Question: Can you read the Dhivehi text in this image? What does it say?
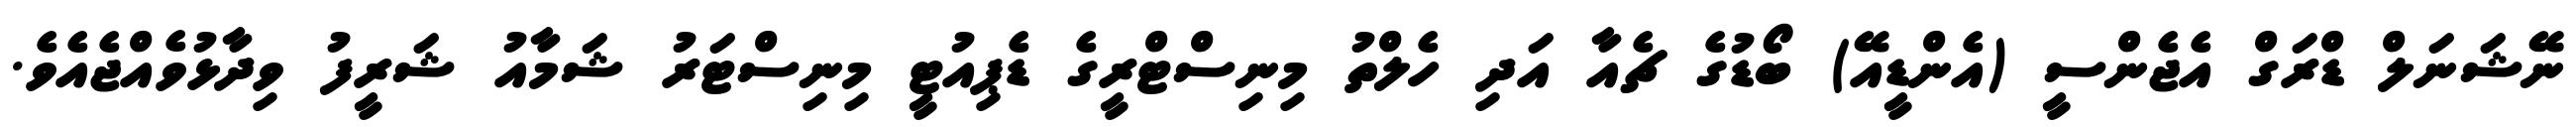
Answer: ނޭޝަނަލް ޑްރަގް އެޖެންސީ (އެންޑީއޭ) ބޯޑުގެ ޗެއާ އަދި ހެލްތު މިނިސްޓްރީގެ ޑެޕިއުޓީ މިނިސްޓަރު ޝަމާއު ޝަރީފު ވިދާޅުވެއްޖެއެވެ.